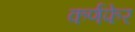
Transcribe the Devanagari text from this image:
कर्णफेर